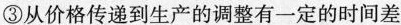
③从价格传递到生产的调整有一定的时间差